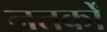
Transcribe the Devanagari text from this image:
नतर्कों